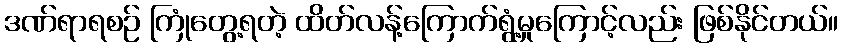
ဒဏ်ရာရစဉ် ကြုံတွေ့ရတဲ့ ထိတ်လန့်ကြောက်ရွံ့မှုကြောင့်လည်း ဖြစ်နိုင်တယ်။